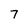
Character: 7